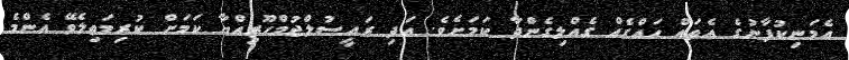
އެމަނިކުފާނުގެ އެތައް ހައްގެއް ގެއްލިގެންދާ ކަމަށެވެ. އަދި ރައީސުލްޖުމްހޫރިއްޔާ ކަމަށް ކުރިމަތިލެވޭ އެންމެ